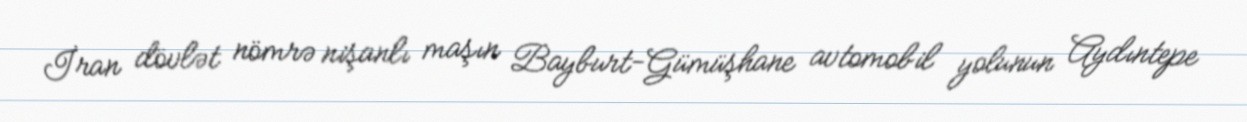
İran dövlət nömrə nişanlı maşın Bayburt-Gümüşhane avtomobil yolunun Aydıntepe